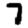
Digit: 7